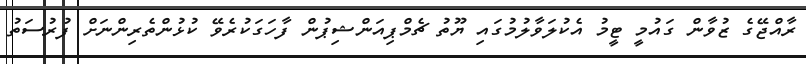
ރާއްޖޭގެ ޒުވާން ގައުމީ ޓީމު އެކުލަވާލުމުގައި ޔޫތު ޗެމްޕިއަންޝިޕުން ފާހަގަކުރެވޭ ކުޅުންތެރިންނަށް ފުރުސަތު